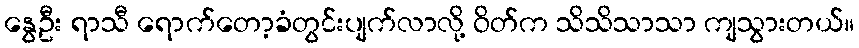
နွေဦး ရာသီ ရောက်တော့ခံတွင်းပျက်လာလို့ ဝိတ်က သိသိသာသာ ကျသွားတယ်။